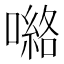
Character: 𭊽